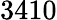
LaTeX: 3410